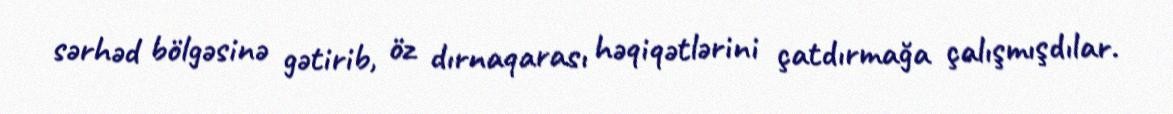
sərhəd bölgəsinə gətirib, öz dırnaqarası həqiqətlərini çatdırmağa çalışmışdılar.